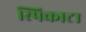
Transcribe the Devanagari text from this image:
स्पिकाटा